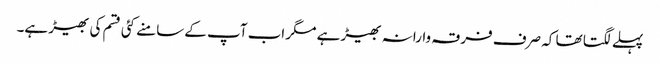
پہلے لگتا تھا کہ صرف فرقہ وارانہ بھیڑ ہے مگر اب آپ کے سامنے کئی قسم کی بھیڑ ہے۔